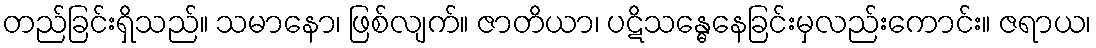
တည်ခြင်းရှိသည်။ သမာနော၊ ဖြစ်လျက်။ ဇာတိယာ၊ ပဋိသန္ဓေနေခြင်းမှလည်းကောင်း။ ဇရာယ၊